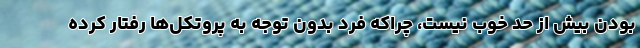
بودن بیش از حد خوب نیست، چراکه فرد بدون توجه به پروتکل‌ها رفتار کرده